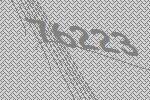
76223